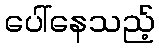
ပေါ်နေသည့်